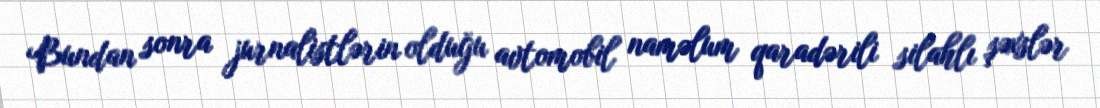
Bundan sonra jurnalistlərin olduğu avtomobil naməlum qaradərili silahlı şəxslər